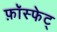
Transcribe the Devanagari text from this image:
फ़ॉस्फेट्